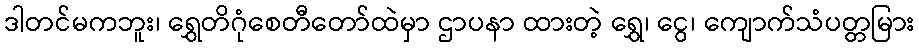
ဒါတင်မကဘူး၊ ရွှေတိဂုံစေတီတော်ထဲမှာ ဌာပနာ ထားတဲ့ ရွှေ၊ ငွေ၊ ကျောက်သံပတ္တမြား